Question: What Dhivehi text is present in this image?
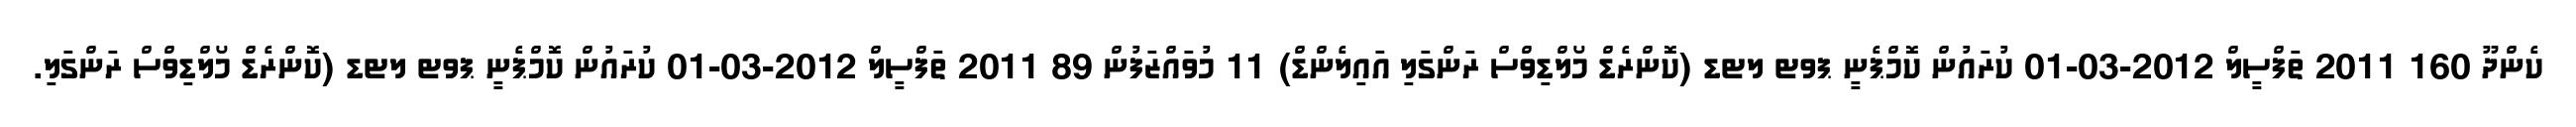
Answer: ކެންދޫ 160 2011 ތަފްސީލް 2012-03-01 ކުރައުން ކޮމްޕެނީ ޕވޓ ލޓޑ (ކޮންރެޑް މޯލްޑިވްސް ރަންގަލި އައިލެންޑް) 11 މުވައްޒަފުން 89 2011 ތަފްސީލް 2012-03-01 ކުރައުން ކޮމްޕެނީ ޕވޓ ލޓޑ (ކޮންރެޑް މޯލްޑިވްސް ރަންގަލި.